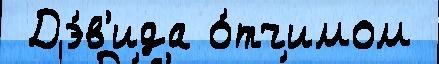
 Дэ́в'ида о́тчимом